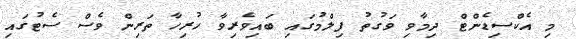
މި އެކްސިޑެންޓް ދިމާވި ވަގުތު ފިލްމުގައި ބައިވެރިވާ ހުރިހާ ތަރިން ވެސް ސެޓުގައި